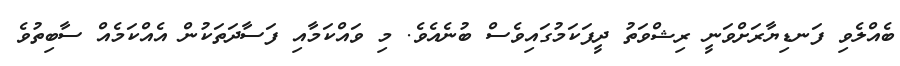
ބެއްލެވި ފަނޑިޔާރަށްވަނީ ރިޝްވަތު ދީފަކަމުގައިވެސް ބުނެއެވެ. މި ވައްކަމާއި ފަސާދަތަކުން އެއްކަމެއް ސާބިތުވެ